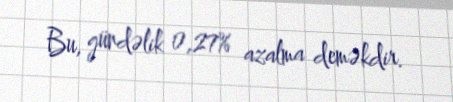
Bu, gündəlik 0,27% azalma deməkdir.